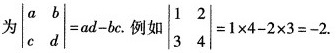
为$$\begin {vmatrix}